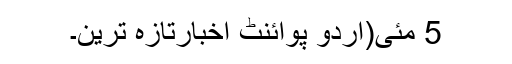
5 مئی(اُردو پوائنٹ اخبارتازہ ترین۔